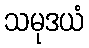
သမုဒယံ